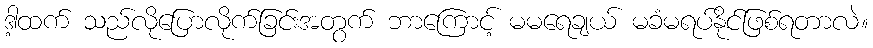
ဒါ့ထက် သည်လိုပြောလိုက်ခြင်းအတွက် ဘာကြောင့် မမရေချယ် မခံမရပ်နိုင်ဖြစ်ရတာလဲ။